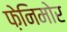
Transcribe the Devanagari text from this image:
फ़ेनिमोर